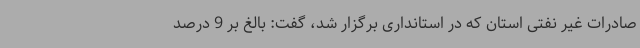
صادرات غیر نفتی استان که در استانداری برگزار شد، گفت: بالغ بر 9 درصد